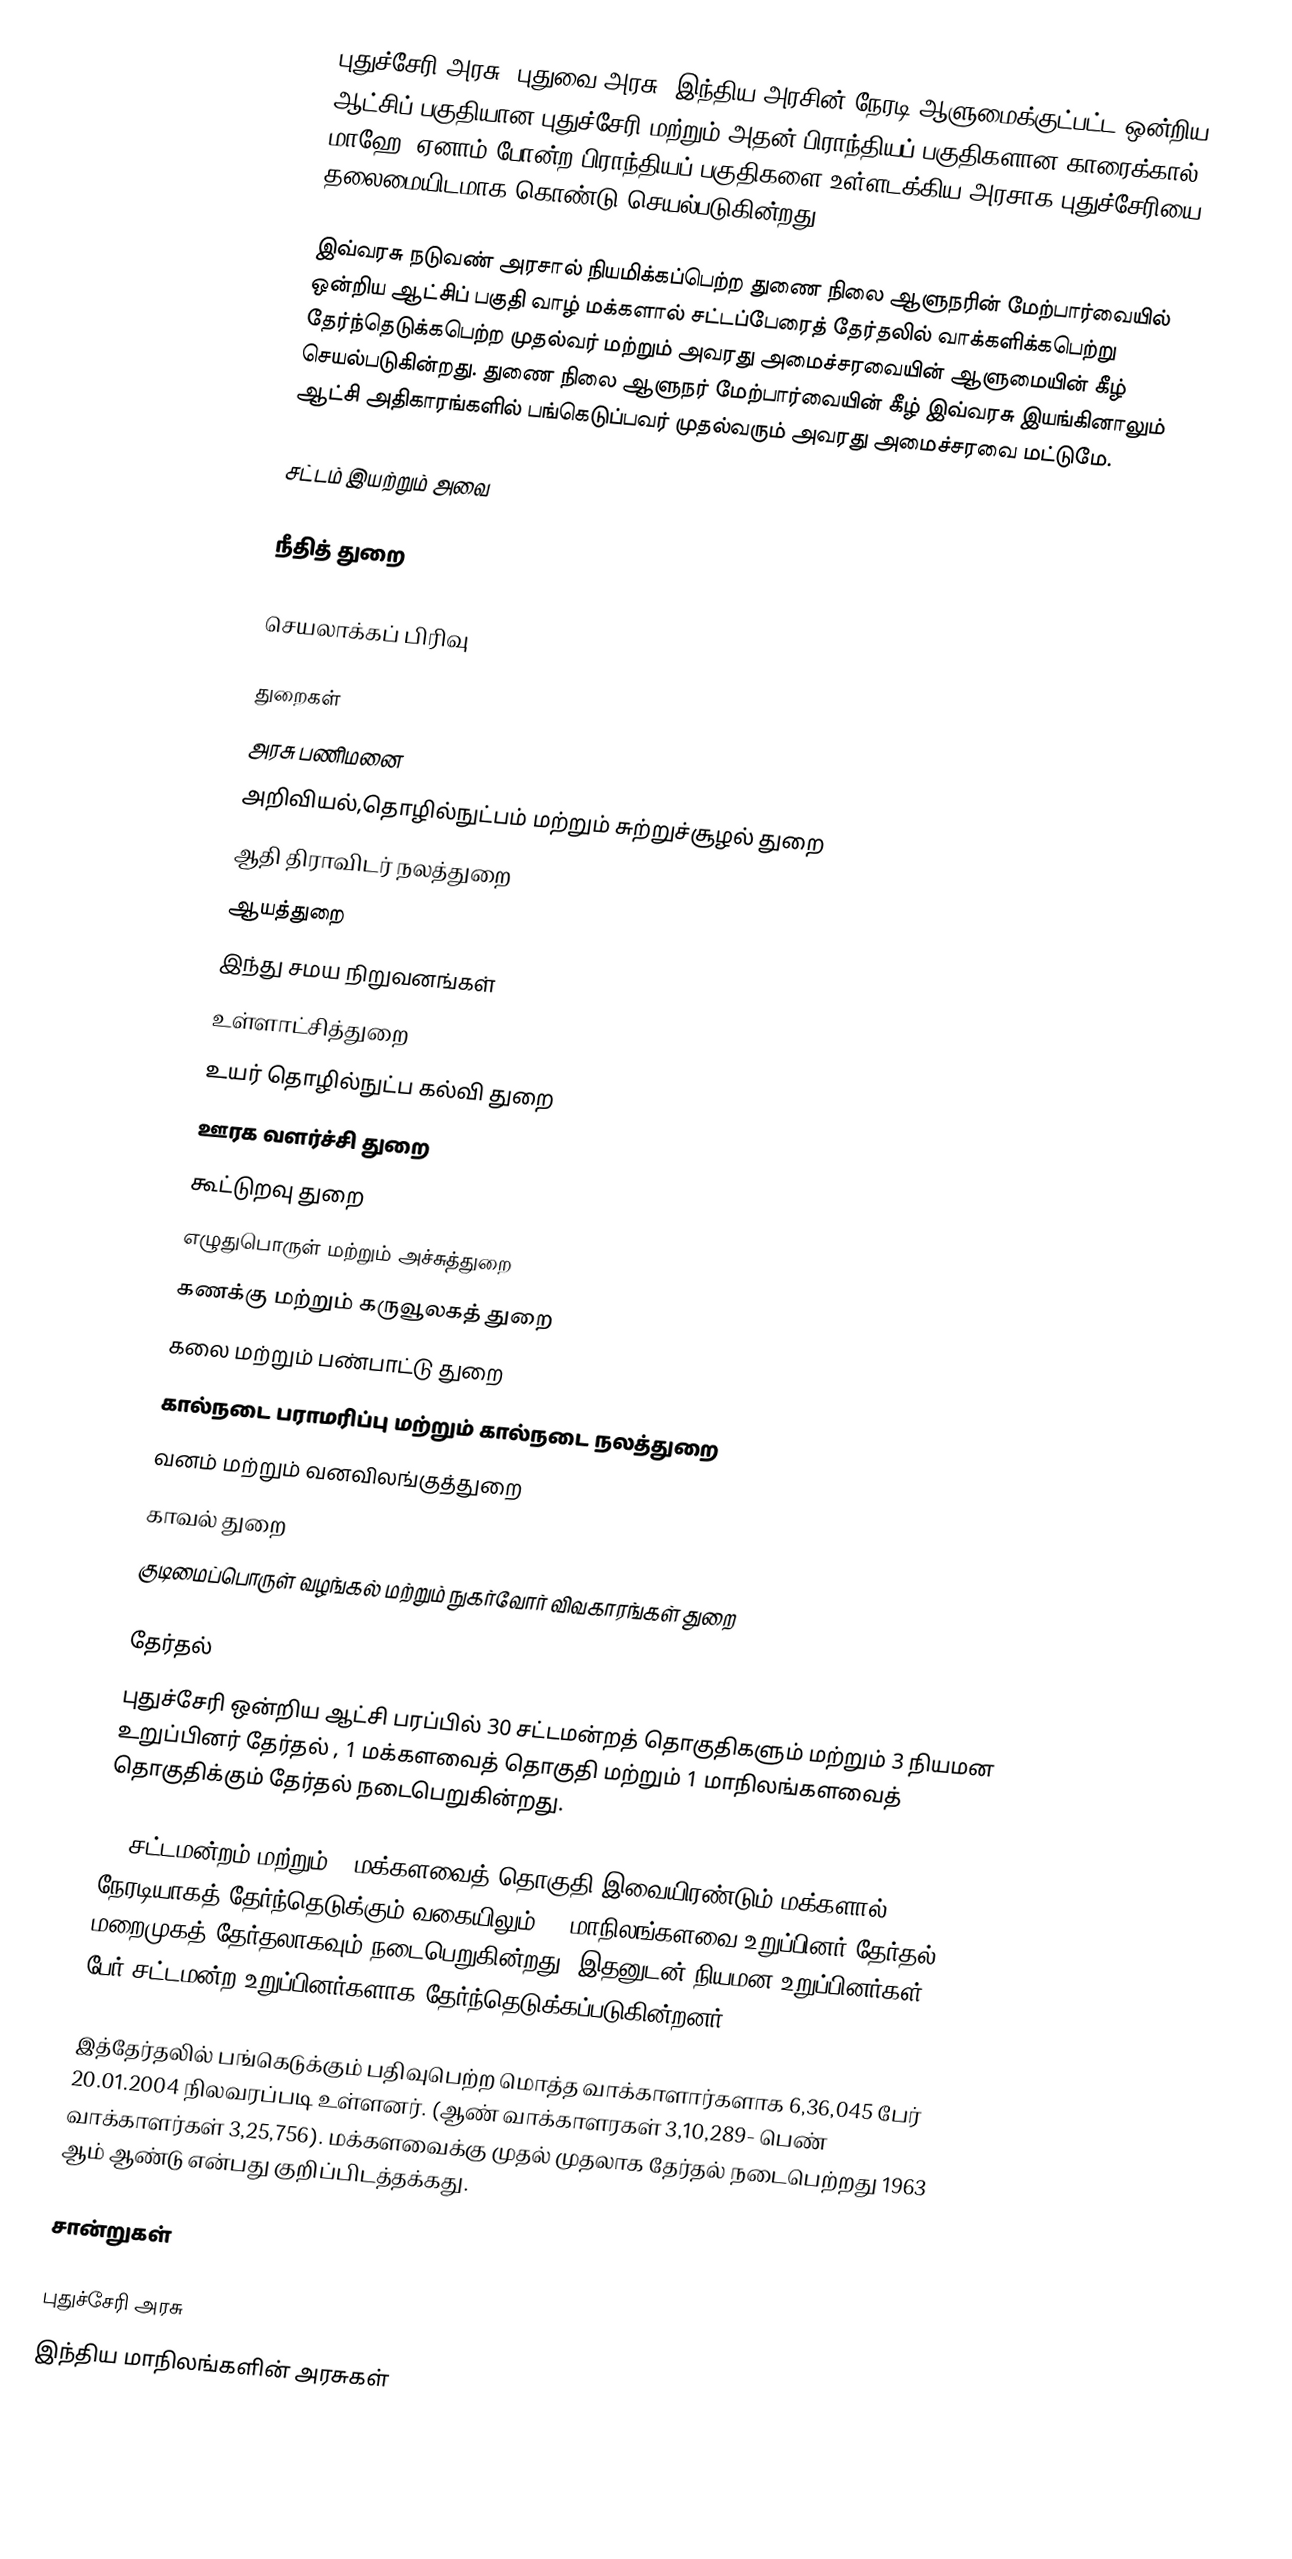
புதுச்சேரி அரசு-(புதுவை அரசு) இந்திய அரசின் நேரடி ஆளுமைக்குட்பட்ட ஒன்றிய ஆட்சிப் பகுதியான புதுச்சேரி மற்றும் அதன் பிராந்தியப் பகுதிகளான காரைக்கால், மாஹே, ஏனாம் போன்ற பிராந்தியப் பகுதிகளை உள்ளடக்கிய அரசாக புதுச்சேரியை தலைமையிடமாக கொண்டு செயல்படுகின்றது.

இவ்வரசு நடுவண் அரசால் நியமிக்கப்பெற்ற துணை நிலை ஆளுநரின் மேற்பார்வையில் ஒன்றிய ஆட்சிப் பகுதி வாழ் மக்களால் சட்டப்பேரைத் தேர்தலில் வாக்களிக்கபெற்று தேர்ந்தெடுக்கபெற்ற முதல்வர் மற்றும் அவரது அமைச்சரவையின் ஆளுமையின் கீழ் செயல்படுகின்றது. துணை நிலை ஆளுநர் மேற்பார்வையின் கீழ் இவ்வரசு இயங்கினாலும் ஆட்சி அதிகாரங்களில் பங்கெடுப்பவர் முதல்வரும் அவரது அமைச்சரவை மட்டுமே.

சட்டம் இயற்றும் அவை

நீதித் துறை

செயலாக்கப் பிரிவு

துறைகள்
 அரசு பணிமனை
 அறிவியல்,தொழில்நுட்பம் மற்றும் சுற்றுச்சூழல் துறை
 ஆதி திராவிடர் நலத்துறை
 ஆயத்துறை
 இந்து சமய நிறுவனங்கள்
 உள்ளாட்சித்துறை
 உயர் தொழில்நுட்ப கல்வி துறை
 ஊரக வளர்ச்சி துறை
 கூட்டுறவு துறை
 எழுதுபொருள் மற்றும் அச்சுத்துறை
 கணக்கு மற்றும் கருவூலகத் துறை
 கலை மற்றும் பண்பாட்டு துறை
 கால்நடை பராமரிப்பு மற்றும் கால்நடை நலத்துறை
 வனம் மற்றும் வனவிலங்குத்துறை
 காவல் துறை
 குடிமைப்பொருள் வழங்கல் மற்றும் நுகர்வோர் விவகாரங்கள் துறை

தேர்தல்
புதுச்சேரி ஒன்றிய ஆட்சி பரப்பில் 30 சட்டமன்றத் தொகுதிகளும் மற்றும்  3 நியமன உறுப்பினர் தேர்தல் , 1 மக்களவைத் தொகுதி மற்றும் 1 மாநிலங்களவைத் தொகுதிக்கும் தேர்தல் நடைபெறுகின்றது.

30 சட்டமன்றம் மற்றும் 1 மக்களவைத் தொகுதி இவையிரண்டும் மக்களால் நேரடியாகத் தேர்ந்தெடுக்கும் வகையிலும், 1 மாநிலங்களவை உறுப்பினர் தேர்தல் மறைமுகத் தேர்தலாகவும் நடைபெறுகின்றது. இதனுடன் நியமன உறுப்பினர்கள் 3 பேர் சட்டமன்ற உறுப்பினர்களாக தேர்ந்தெடுக்கப்படுகின்றனர்.

இத்தேர்தலில் பங்கெடுக்கும் பதிவுபெற்ற மொத்த வாக்காளார்களாக 6,36,045 பேர் 20.01.2004 நிலவரப்படி உள்ளனர். (ஆண் வாக்காளரகள் 3,10,289- பெண் வாக்காளர்கள் 3,25,756). மக்களவைக்கு முதல் முதலாக தேர்தல் நடைபெற்றது 1963 ஆம் ஆண்டு என்பது குறிப்பிடத்தக்கது.

சான்றுகள்

புதுச்சேரி அரசு
இந்திய மாநிலங்களின் அரசுகள்